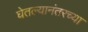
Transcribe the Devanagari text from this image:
घेतल्यानंतरच्या